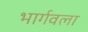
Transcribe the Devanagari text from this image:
भार्गवला